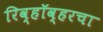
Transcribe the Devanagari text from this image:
रिव्हॉव्हरचा